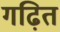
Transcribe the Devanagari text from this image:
गढ़ित